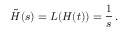
\tilde { H } ( s ) = { \cal L } ( H ( t ) ) = \frac { 1 } { s } \, .